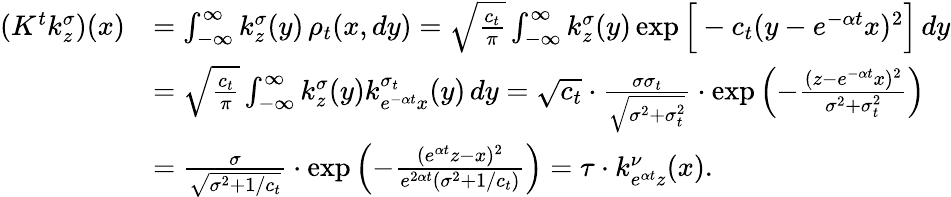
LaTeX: \begin{array}{rl}{(K^{t}k_{z}^{\sigma})(x)}&{=\int_{-\infty}^{\infty}k_{z}^{\sigma}(y)\, \rho_{t}(x,dy)=\sqrt{\frac{c_{t}}{\pi}}\int_{-\infty}^{\infty}k_{z}^{\sigma}(y)\exp\Big[-c_{t}(y-e^{-\alpha t}x)^{2}\Big]\, dy}\\ &{=\sqrt{\frac{c_{t}}{\pi}}\int_{-\infty}^{\infty}k_{z}^{\sigma}(y)k_{e^{-\alpha t}x}^{\sigma_{t}}(y)\, dy=\sqrt{c_{t}}\cdot\frac{\sigma\sigma_{t}}{\sqrt{\sigma^{2}+\sigma_{t}^{2}}}\cdot\exp\left(-\frac{(z-e^{-\alpha t}x)^{2}}{\sigma^{2}+\sigma_{t}^{2}}\right)}\\ &{=\frac{\sigma}{\sqrt{\sigma^{2}+1/c_{t}}}\cdot\exp\left(-\frac{(e^{\alpha t}z-x)^{2}}{e^{2\alpha t}(\sigma^{2}+1/c_{t})}\right)=\tau\cdot k_{e^{\alpha t}z}^{\nu}(x).}\end{array}